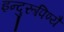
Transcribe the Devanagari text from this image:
इन्दुरूपिण्यै